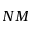
N M